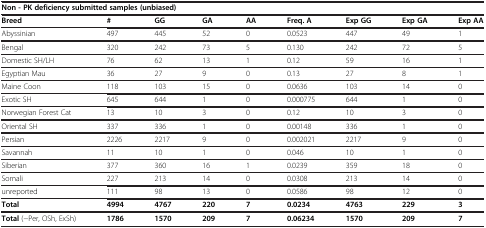
| <COLSPAN=9> Non - PK deficiency submitted samples (unbiased) |
 | --- | --- | --- | --- | --- | --- | --- | --- | --- |
 | Breed | # | GG | GA | AA | Freq. A | Exp GG | Exp GA | Exp AA |
 | Abyssinian | 497 | 445 | 52 | 0 | 0.0523 | 447 | 49 | 1 |
 | Bengal | 320 | 242 | 73 | 5 | 0.130 | 242 | 72 | 5 |
 | Domestic SH/LH | 76 | 62 | 13 | 1 | 0.12 | 59 | 16 | 1 |
 | Egyptian Mau | 36 | 27 | 9 | 0 | 0.13 | 27 | 8 | 1 |
 | Maine Coon | 118 | 103 | 15 | 0 | 0.0636 | 103 | 14 | 0 |
 | Exotic SH | 645 | 644 | 1 | 0 | 0.000775 | 644 | 1 | 0 |
 | Norwegian Forest Cat | 13 | 10 | 3 | 0 | 0.12 | 10 | 3 | 0 |
 | Oriental SH | 337 | 336 | 1 | 0 | 0.00148 | 336 | 1 | 0 |
 | Persian | 2226 | 2217 | 9 | 0 | 0.002021 | 2217 | 9 | 0 |
 | Savannah | 11 | 10 | 1 | 0 | 0.046 | 10 | 1 | 0 |
 | Siberian | 377 | 360 | 16 | 1 | 0.0239 | 359 | 18 | 0 |
 | Somali | 227 | 213 | 14 | 0 | 0.0308 | 213 | 14 | 0 |
 | unreported | 111 | 98 | 13 | 0 | 0.0586 | 98 | 12 | 0 |
 | Total | 4994 | 4767 | 220 | 7 | 0.0234 | 4763 | 229 | 3 |
 | Total (−Per, OSh, ExSh) | 1786 | 1570 | 209 | 7 | 0.06234 | 1570 | 209 | 7 |